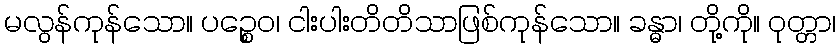
မလွန်ကုန်သော။ ပဉ္စေဝ၊ ငါးပါးတိတိသာဖြစ်ကုန်သော။ ခန္ဓာ၊ တို့ကို။ ဝုတ္တာ၊